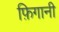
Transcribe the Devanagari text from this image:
फ़िगानी